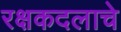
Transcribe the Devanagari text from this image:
रक्षकदलाचे